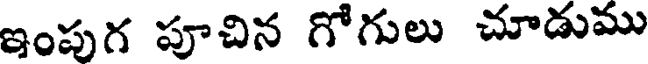
ఇంపుగ పూచిన గోగులు చూడుము